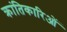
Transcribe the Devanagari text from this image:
क्रांतिकारिओं